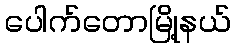
ပေါက်တောမြို့နယ်